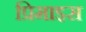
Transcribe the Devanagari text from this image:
प्रिमाइस